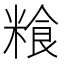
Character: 𮇯